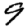
Digit: 9